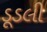
ડૂડલી